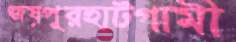
জয়পুরহাটগামী